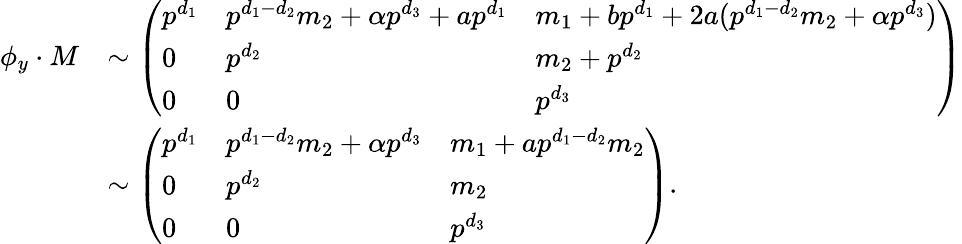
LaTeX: \begin{array}{rl}{\phi_{y}\cdot M}&{\sim\left(\begin{array}{lll}{p^{d_{1}}}&{p^{d_{1}-d_{2}}m_{2}+\alpha p^{d_{3}}+ap^{d_{1}}}&{m_{1}+bp^{d_{1}}+2a(p^{d_{1}-d_{2}}m_{2}+\alpha p^{d_{3}})}\\ {0}&{p^{d_{2}}}&{m_{2}+p^{d_{2}}}\\ {0}&{0}&{p^{d_{3}}}\end{array}\right)}\\ &{\sim\left(\begin{array}{lll}{p^{d_{1}}}&{p^{d_{1}-d_{2}}m_{2}+\alpha p^{d_{3}}}&{m_{1}+ap^{d_{1}-d_{2}}m_{2}}\\ {0}&{p^{d_{2}}}&{m_{2}}\\ {0}&{0}&{p^{d_{3}}}\end{array}\right).}\end{array}